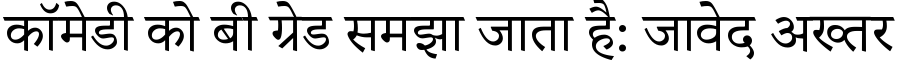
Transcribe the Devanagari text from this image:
कॉमेडी को बी ग्रेड समझा जाता है: जावेद अख्तर